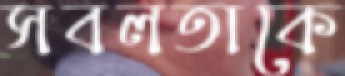
সবলতাকে